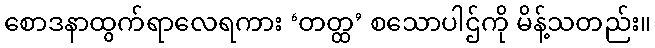
စောဒနာထွက်ရာလေရကား ‘တတ္ထ’ စသောပါဌ်ကို မိန့်သတည်း။